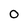
Character: O